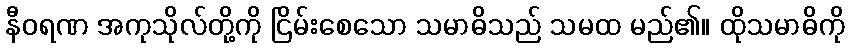
နီဝရဏ အကုသိုလ်တို့ကို ငြိမ်းစေသော သမာဓိသည် သမထ မည်၏။ ထိုသမာဓိကို